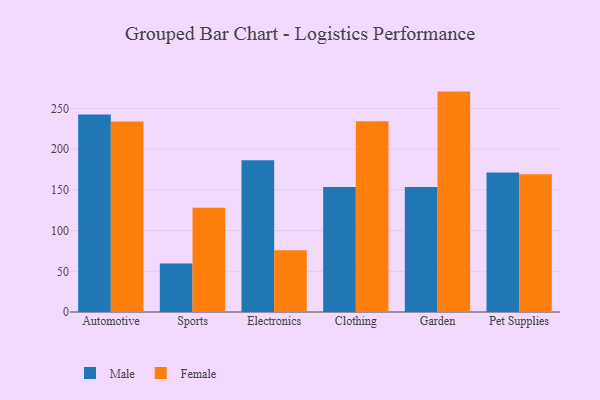
{"axis": {"x": "Category", "y": "Backlog"}, "legend": ["Female", "Male"], "data": [{"x": "Automotive", "y": 242.6, "type": "Male"}, {"x": "Automotive", "y": 234.3, "type": "Female"}, {"x": "Sports", "y": 59.7, "type": "Male"}, {"x": "Sports", "y": 128.1, "type": "Female"}, {"x": "Electronics", "y": 186.5, "type": "Male"}, {"x": "Electronics", "y": 75.9, "type": "Female"}, {"x": "Clothing", "y": 153.6, "type": "Male"}, {"x": "Clothing", "y": 234.5, "type": "Female"}, {"x": "Garden", "y": 153.6, "type": "Male"}, {"x": "Garden", "y": 270.9, "type": "Female"}, {"x": "Pet Supplies", "y": 171.6, "type": "Male"}, {"x": "Pet Supplies", "y": 169.3, "type": "Female"}]}